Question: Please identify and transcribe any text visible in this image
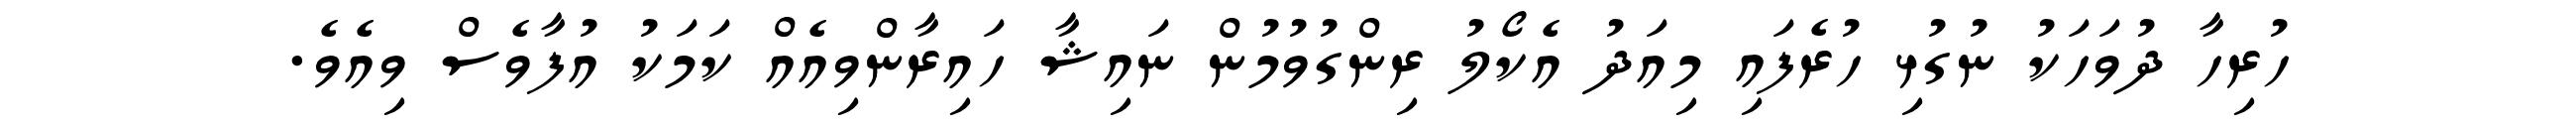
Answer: ހުރިހާ ދުވަހަކު ނުގުޅި ހުރެފައި މިއަދު އެކޯލު ރިންގުވުމުން ނައިޝާ ހައިރާންވިއެއް ކަމަކު އުފާވެސް ވިއެވެ.